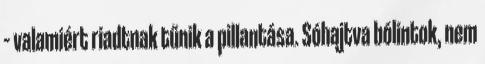
– valamiért riadtnak tűnik a pillantása. Sóhajtva bólintok, nem